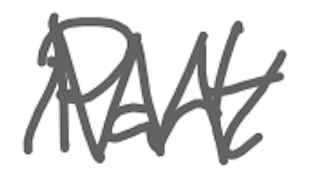
Text: Part
Cross-out: zig-zag
Writing tool: digital_gray